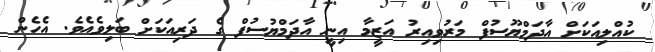
ކުއްލިއަކަށް އާދަމްޔޫސުފް މަރުވިއިރު އަޒީމާ އިނީ އާދަމްޔުސުފް ގެ ދަރިއަކަށް ބަލިވެއެވެ. އެހެން